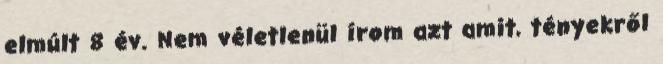
elmúlt 8 év. Nem véletlenül írom azt amit, tényekről